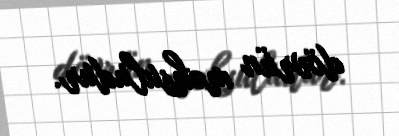
dövrün məhsuludur.